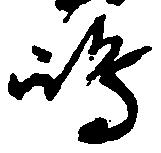
嶋